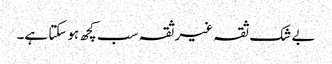
بے شک ثقہ غیرثقہ سب کچھ ہوسکتا ہے۔